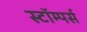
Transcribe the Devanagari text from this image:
स्टॉम्पर्स